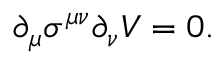
\partial _ { \mu } \sigma ^ { \mu \nu } \partial _ { \nu } V = 0 .